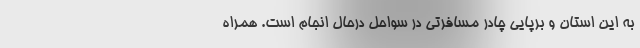
به این استان و برپایی چادر مسافرتی در سواحل درحال انجام است. همراه